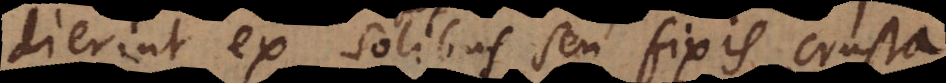
dierint ex solibus seu fixis crusta